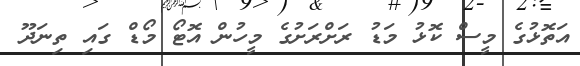
އަތޮޅުގެ މީސް ކޮޅު މަޑު ރަށްރަށުގެ މީހުން އޮޓޯ މޯޑް ގައި ތިނަދޫ